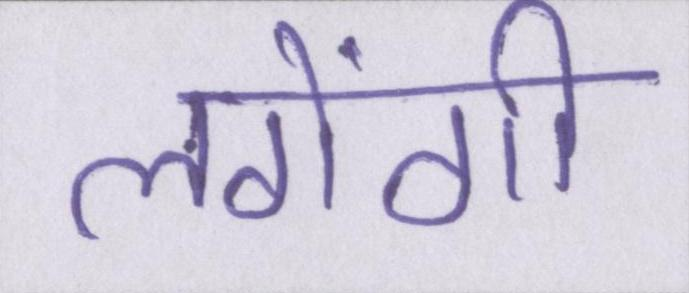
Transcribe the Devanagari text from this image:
लगेंगी